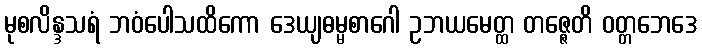
မုစလိန္ဒသရံ ဘဝံပေါသထိကော ဒေယျဓမ္မစာဂေါ ဥဘယမေတ္ထ တဇ္ဇေတိ ဝတ္တဘေဒေ